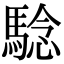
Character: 騐